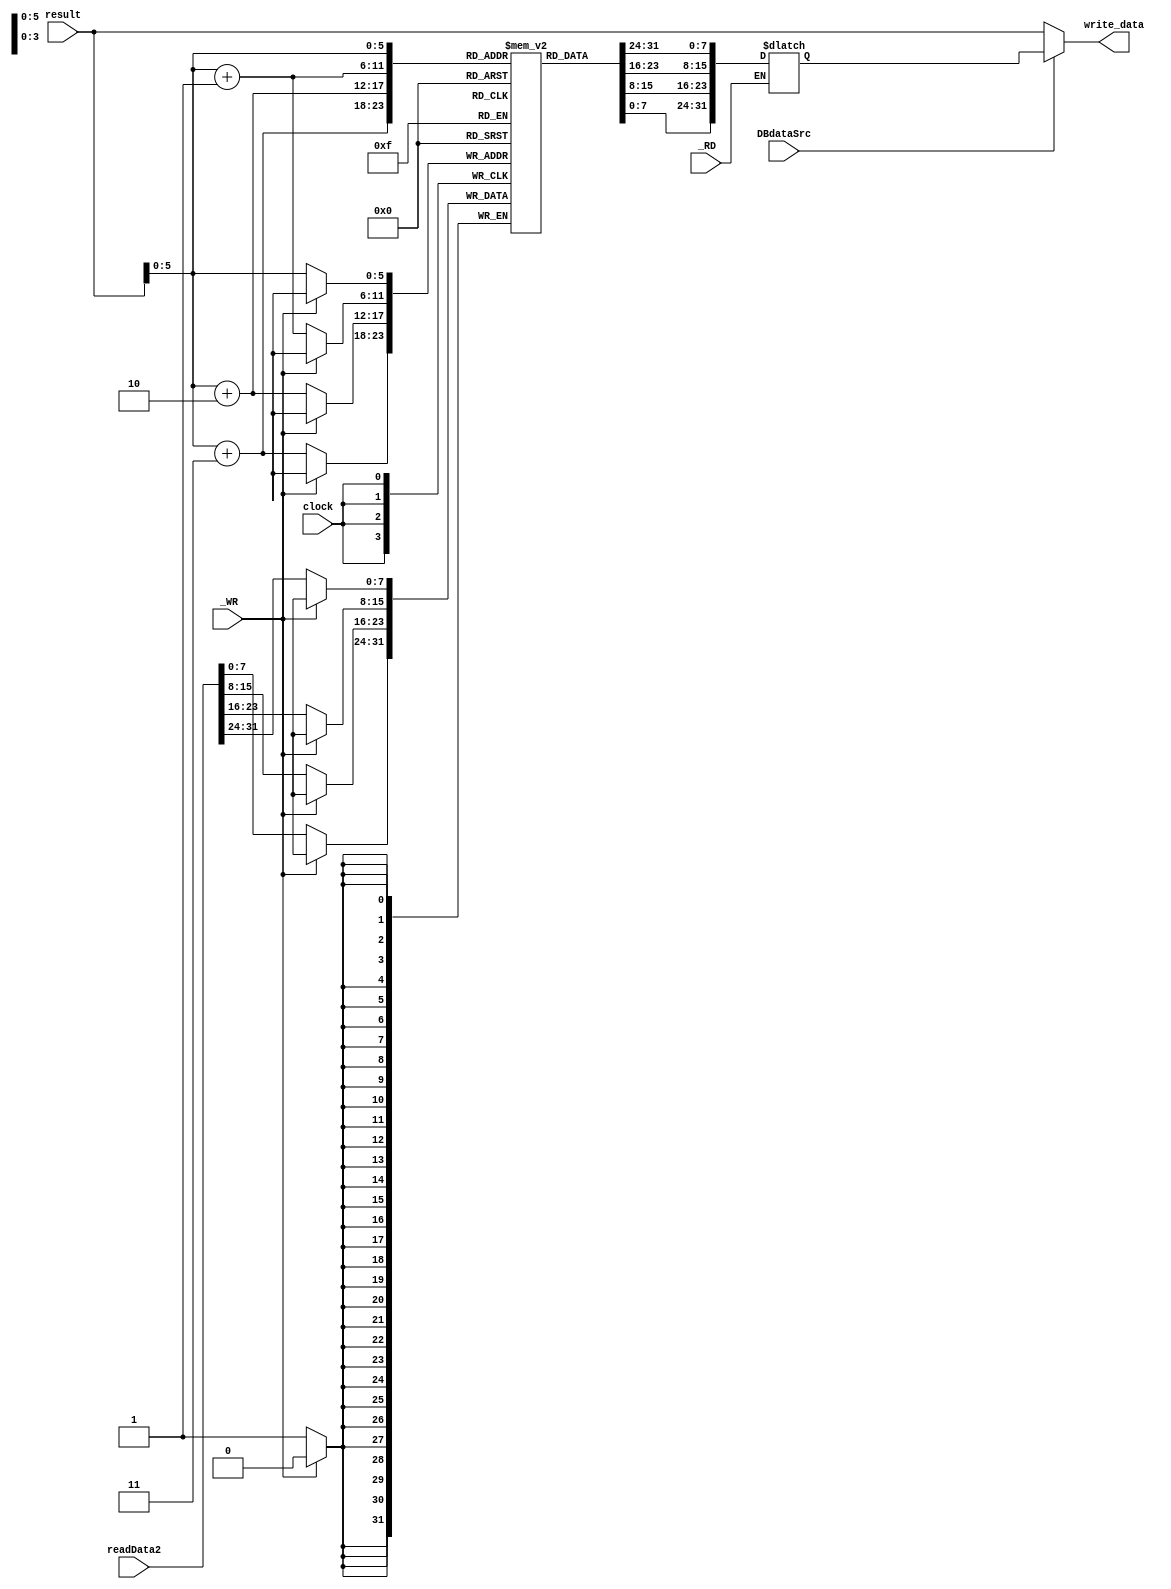
`timescale 1ns / 1ps
//////////////////////////////////////////////////////////////////////////////////
// Company: 
// Engineer: 
// 
// Design Name: 
// Module Name: RAM
// Project Name: 
// Target Devices: 
// Tool Versions: 
// Description: 
// 
// Dependencies: 
// 
// Revision:
// Revision 0.01 - File Created
// Additional Comments:
// 
//////////////////////////////////////////////////////////////////////////////////

/*module RAM(
     input clk,
	 input [31:0] address,
	 input [31:0] writeData, // [31:24], [23:16], [15:8], [7:0]
	 input _WR,
	 input _RD,
	 input DBdataSrc,
	 output [31:0] Dataout
     );
	 reg [7:0] RAM [0:60];
	 
	 //Dataout
     if(DBdataSrc && ~_RD) begin
        assign Dataout[7:0]   = RAM[address + 3];
        assign Dataout[15:8]  = RAM[address + 2];
        assign Dataout[23:16] = RAM[address + 1];
        assign Dataout[31:24] = RAM[address];
    end
    else assign Dataout = address;

	always@( negedge clk ) begin  
		if(!_WR) begin	
		    RAM[address]   <= writeData[31:24]; //
		    RAM[address+1] <= writeData[23:16];
			RAM[address+2] <= writeData[15:8];
			RAM[address+3] <= writeData[7:0];
		end
	 end
endmodule*/

module RAM(
    input clock,
    input [31:0] result,
    input [31:0] readData2,
    input _WR,
    input _RD,
    input DBdataSrc,
    output [31:0] write_data
    );

	reg [7:0] DataMem [0:60];
	reg [31:0] DataOut;
	
	initial begin
	   //Mem[8:11]5
	   DataMem[8]  = 8'b00000000;
	   DataMem[9]  = 8'b00000000;
	   DataMem[10] = 8'b00000000;
	   DataMem[11] = 8'b00000101;
	end
	
	always@ ( _RD or result) begin
	    if(!_RD) begin
            DataOut[7:0]   = DataMem[result + 3];
            DataOut[15:8]  = DataMem[result + 2];
            DataOut[23:16] = DataMem[result + 1];
            DataOut[31:24] = DataMem[result];
        end
    end
	
	always@ ( negedge clock ) begin
		if(!_WR) begin	
            DataMem[result]   <= readData2[31:24]; //
            DataMem[result+1] <= readData2[23:16];
            DataMem[result+2] <= readData2[15:8];
            DataMem[result+3] <= readData2[7:0];
        end
	end
   
    assign write_data = ( DBdataSrc == 0 )? result : DataOut;

endmodule